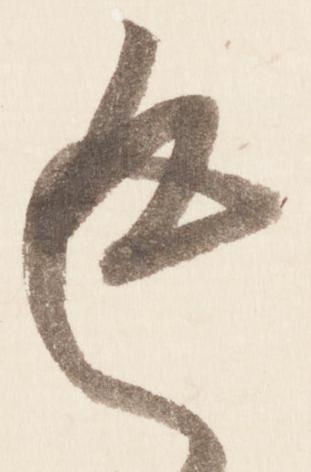
返